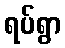
ရပ်ရွာ